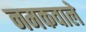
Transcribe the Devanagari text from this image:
नमकवाले